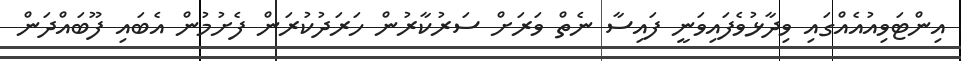
އިންޓަވިއުއެއްގައި ވިދާޅުވެފައިވަނީ ފައިސާ ނެތް ވަރަށް ސަރުކާރުން ހަރަދުކުރަން ފެށުމުން އެބައި ފޫބައްދަން